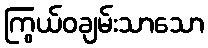
ကြွယ်ဝချမ်းသာသော